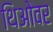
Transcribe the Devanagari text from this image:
थिओवर